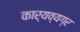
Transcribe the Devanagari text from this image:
कार्यव्यग्र